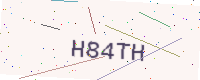
Text: H84TH